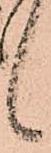
候